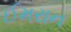
ઈમરાન